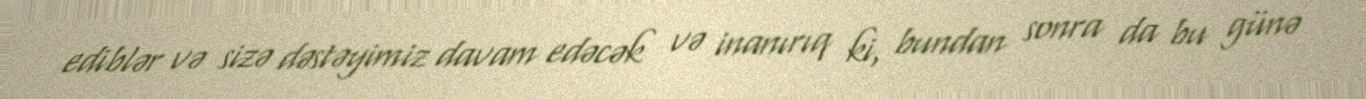
ediblər və sizə dəstəyimiz davam edəcək və inanırıq ki, bundan sonra da bu günə